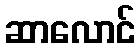
ဆာလောင်